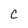
Character: c